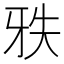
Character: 𰠡